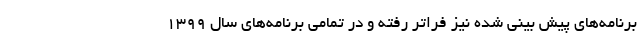
برنامه‌های پیش بینی شده نیز فراتر رفته و در تمامی برنامه‌های سال ۱۳۹۹